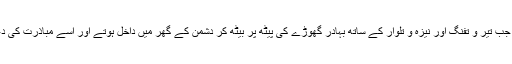
کیا دور تھا جب تیر و تفنگ اور نیزہ و تلوار کے ساتھ بہادر گھوڑے کی پیٹھ پر بیٹھ کر دشمن کے گھر میں داخل ہوتے اور اسے مباذرت کی دعوت دیتے۔